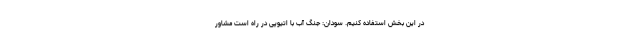
در این بخش استفاده کنیم. سودان: جنگ آب با اتیوپی در راه است مشاور